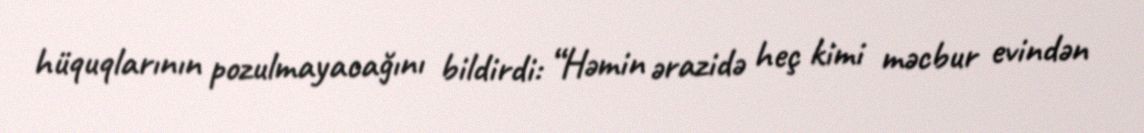
hüquqlarının pozulmayacağını bildirdi: “Həmin ərazidə heç kimi məcbur evindən